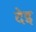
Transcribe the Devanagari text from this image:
देइ